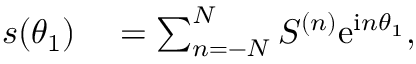
\begin{array} { r l } { s ( \theta _ { 1 } ) } & { { } = \sum _ { n = - N } ^ { N } S ^ { ( n ) } \mathrm { e } ^ { \mathrm { i } n \theta _ { 1 } } , } \end{array}